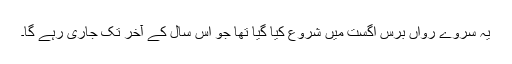
یہ سروے رواں برس اگست میں شروع کیا گیا تھا جو اس سال کے آخر تک جاری رہے گا۔